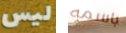
ليس باسمه